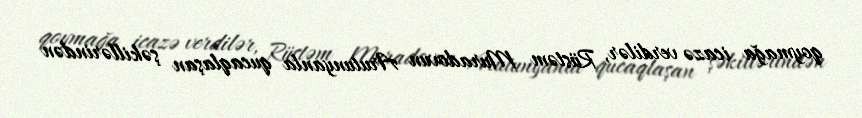
qoymağa icazə verdilər, Rüstəm Muradovun Arutunyanla qucaqlaşan şəkillərindən